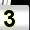
Digit: 3